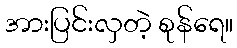
အားပြင်းလှတဲ့ စုန်ရေ။